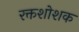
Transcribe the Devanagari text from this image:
रक्तशोशक